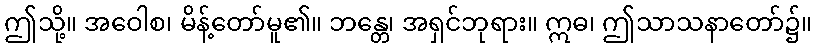
ဤသို့။ အဝေါစ၊ မိန့်တော်မူ၏။ ဘန္တေ၊ အရှင်ဘုရား။ ဣဓ၊ ဤသာသနာတော်၌။